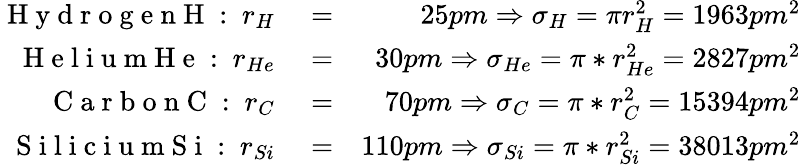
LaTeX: \begin{array}{rlr}{\mathrm{~H~y~d~r~o~g~e~n~H~:~}r_{H}}&{{}=}&{25pm\Rightarrow\sigma_{H}=\pi r_{H}^{2}=1963pm^{2}}\\ {\mathrm{~H~e~l~i~u~m~H~e~:~}r_{He}}&{{}=}&{30pm\Rightarrow\sigma_{He}=\pi*r_{He}^{2}=2827pm^{2}}\\ {\mathrm{~C~a~r~b~o~n~C~:~}r_{C}}&{{}=}&{70pm\Rightarrow\sigma_{C}=\pi*r_{C}^{2}=15394pm^{2}}\\ {\mathrm{~S~i~l~i~c~i~u~m~S~i~:~}r_{Si}}&{{}=}&{110pm\Rightarrow\sigma_{Si}=\pi*r_{Si}^{2}=38013pm^{2}}\end{array}